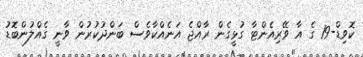
ކޮވިޑް-19 ގެ އާ ވޭރިއެންޓާ ގުޅީގެން ރާއްޖެ އަނެއްކާވެސް ބަންދުކުރުން ވާނީ ގެއްލުންބޮޑު